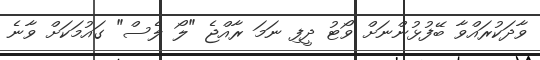
ވާދަކުރައްވާ ބޭފުޅުންނަށް ވޯޓު ދީފި ނަމަ ރާއްޖެ "ލޯ ލެސް" ގައުމަކަށް ވާނެ